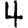
Digit: 4